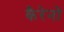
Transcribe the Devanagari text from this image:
कैरेनो